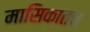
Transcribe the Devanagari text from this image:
मासिकातच